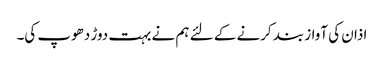
اذان کی آواز بند کرنے کے لئے ہم نے بہت دوڑ دھوپ کی۔